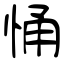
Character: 悀